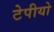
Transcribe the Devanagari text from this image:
टेपीयो